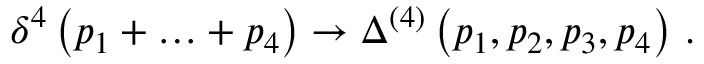
\delta ^ { 4 } \left( p _ { 1 } + \ldots + p _ { 4 } \right) \to \Delta ^ { ( 4 ) } \left( p _ { 1 } , p _ { 2 } , p _ { 3 } , p _ { 4 } \right) \, .